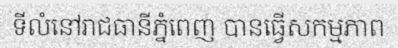
ទីលំនៅរាជធានីភ្នំពេញ បានធ្វើសកម្មភាព